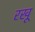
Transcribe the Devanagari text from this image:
रखू